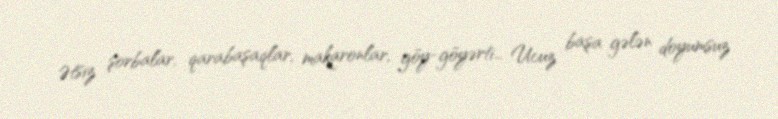
Ətsiz şorbalar, qarabaşaqlar, makaronlar, göy-göyərti… Ucuz başa gələn doyumsuz